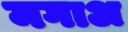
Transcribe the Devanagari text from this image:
मगाअ